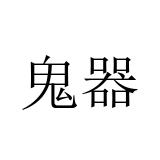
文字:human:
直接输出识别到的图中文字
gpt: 鬼器